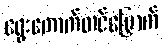
ရွေးကောက်တင်မြှောက်